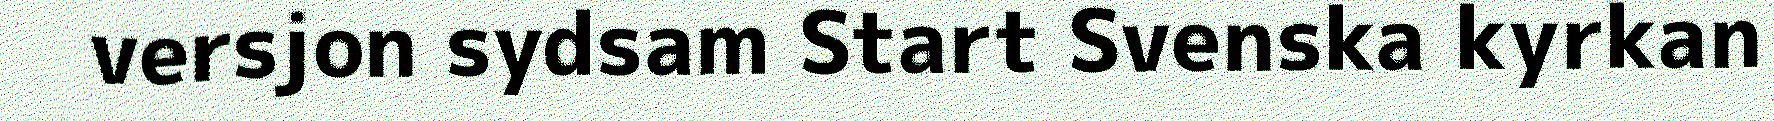
versjon sydsam Start Svenska kyrkan